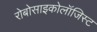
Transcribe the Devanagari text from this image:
रोबोसाइकोलॉजिस्ट